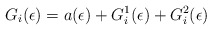
\begin{align*}G_{i}(\epsilon) = a(\epsilon) + G_{i}^{1}(\epsilon) + G_{i}^{2}(\epsilon) \end{align*}